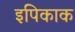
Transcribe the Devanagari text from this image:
इपिकाक